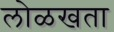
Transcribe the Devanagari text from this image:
लोळखता